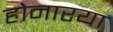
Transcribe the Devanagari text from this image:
होनारया